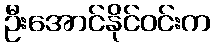
ဦးအောင်နိုင်ဝင်းက